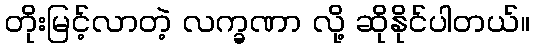
တိုးမြင့်လာတဲ့ လက္ခဏာ လို့ ဆိုနိုင်ပါတယ်။